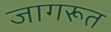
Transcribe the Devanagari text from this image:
जागरूत